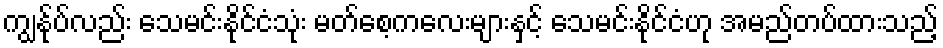
ကျွန်ုပ်လည်း သေမင်းနိုင်ငံသုံး မတ်စေ့ကလေးများနှင့် သေမင်းနိုင်ငံဟု အမည်တပ်ထားသည့်